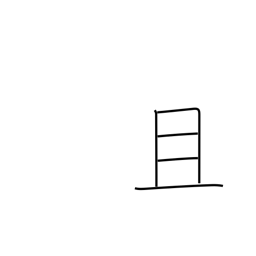
Meaning: moreover